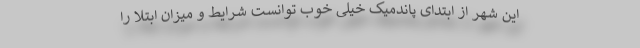
این شهر از ابتدای پاندمیک خیلی خوب توانست شرایط و میزان ابتلا را